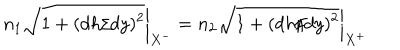
LaTeX: n _ { 1 } \left. \sqrt { 1 + ( d h / d y ) ^ { 2 } } \right| _ { X ^ { - } } = n _ { 2 } \left. \sqrt { 1 + ( d h / d y ) ^ { 2 } } \right| _ { X ^ { + } }